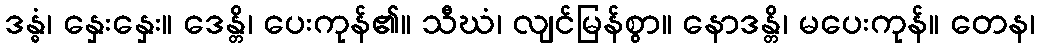
ဒန္ဓံ၊ နှေးနှေး။ ဒေန္တိ၊ ပေးကုန်၏။ သီဃံ၊ လျင်မြန်စွာ။ နောဒန္တိ၊ မပေးကုန်။ တေန၊